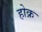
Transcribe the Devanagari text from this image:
होक्र